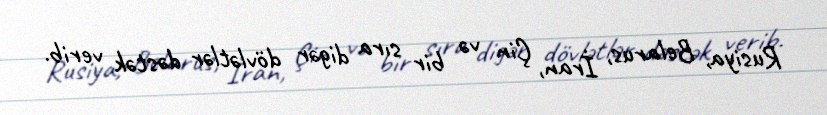
Rusiya, Belarus, İran, Çin və bir sıra digər dövlətlər dəstək verib.